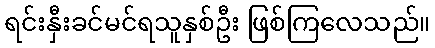
ရင်းနှီးခင်မင်ရသူနှစ်ဦး ဖြစ်ကြလေသည်။